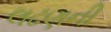
લઢણની